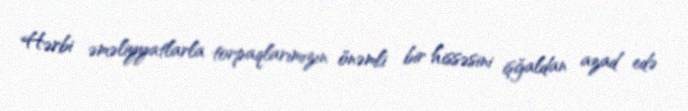
Hərbi əməliyyatlarla torpaqlarımızın önəmli bir hissəsini işğaldan azad edə